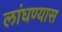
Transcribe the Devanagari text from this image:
लांघण्यास